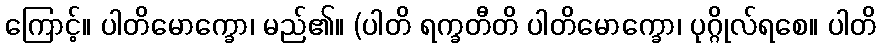
ကြောင့်။ ပါတိမောက္ခော၊ မည်၏။ (ပါတိ ရက္ခတီတိ ပါတိမောက္ခော၊ ပုဂ္ဂိုလ်ရစေ။ ပါတိ